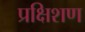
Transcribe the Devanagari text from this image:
प्रक्षिशण